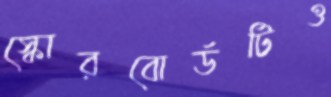
স্কোরবোর্ডটিও